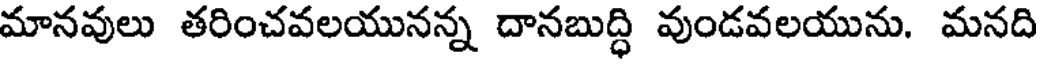
మానవులు తరించవలయునన్న దానబుద్ధి వుండవలయును. మనది